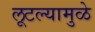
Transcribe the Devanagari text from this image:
लूटल्यामुळे